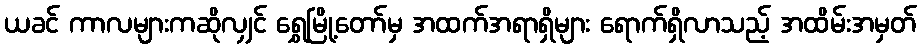
ယခင် ကာလများကဆိုလျှင် ရွှေမြို့တော်မှ အထက်အရာရှိများ ရောက်ရှိလာသည့် အထိမ်းအမှတ်